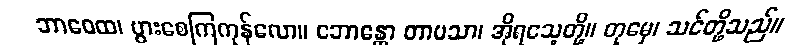
ဘာဝေထ၊ ပွားစေကြကုန်လော။ ဘောန္တော တာပသာ၊ အိုရသေ့တို့။ တုမှေ၊ သင်တို့သည်။